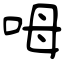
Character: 呣